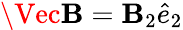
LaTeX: \Vec{\mathbf{B}}=\mathbf{B}_{2}\hat{{e}}_{2}